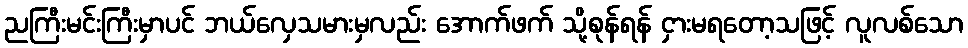
ညကြီးမင်းကြီးမှာပင် ဘယ်လှေသမားမှလည်း အောက်ဖက် သို့စုန်ရန် ငှားမရတော့သဖြင့် လူလစ်သော